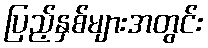
ပြည့်နှစ်များအတွင်း